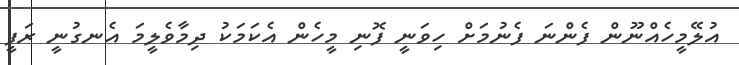
އުލޭމީހެއްނޫން ފެންނަ ފެނުމަށް ހިވަނީ ފޮނި މީހެން އެކަމަކު ދިމާވެލީމަ އެނގުނީ ރަފީ